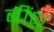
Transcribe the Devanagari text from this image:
बींध